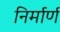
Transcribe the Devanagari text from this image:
निर्मार्ण